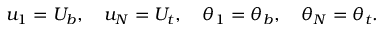
u _ { 1 } = U _ { b } , \quad u _ { N } = U _ { t } , \quad \theta _ { 1 } = \theta _ { b } , \quad \theta _ { N } = \theta _ { t } .